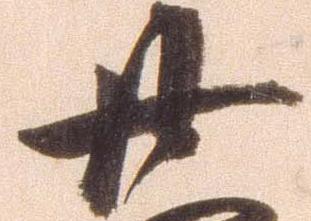
廿